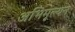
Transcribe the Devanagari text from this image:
अभिमूल्यन